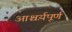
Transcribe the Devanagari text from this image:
आश्चर्य़पूर्ण